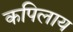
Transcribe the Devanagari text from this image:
कपिलाय